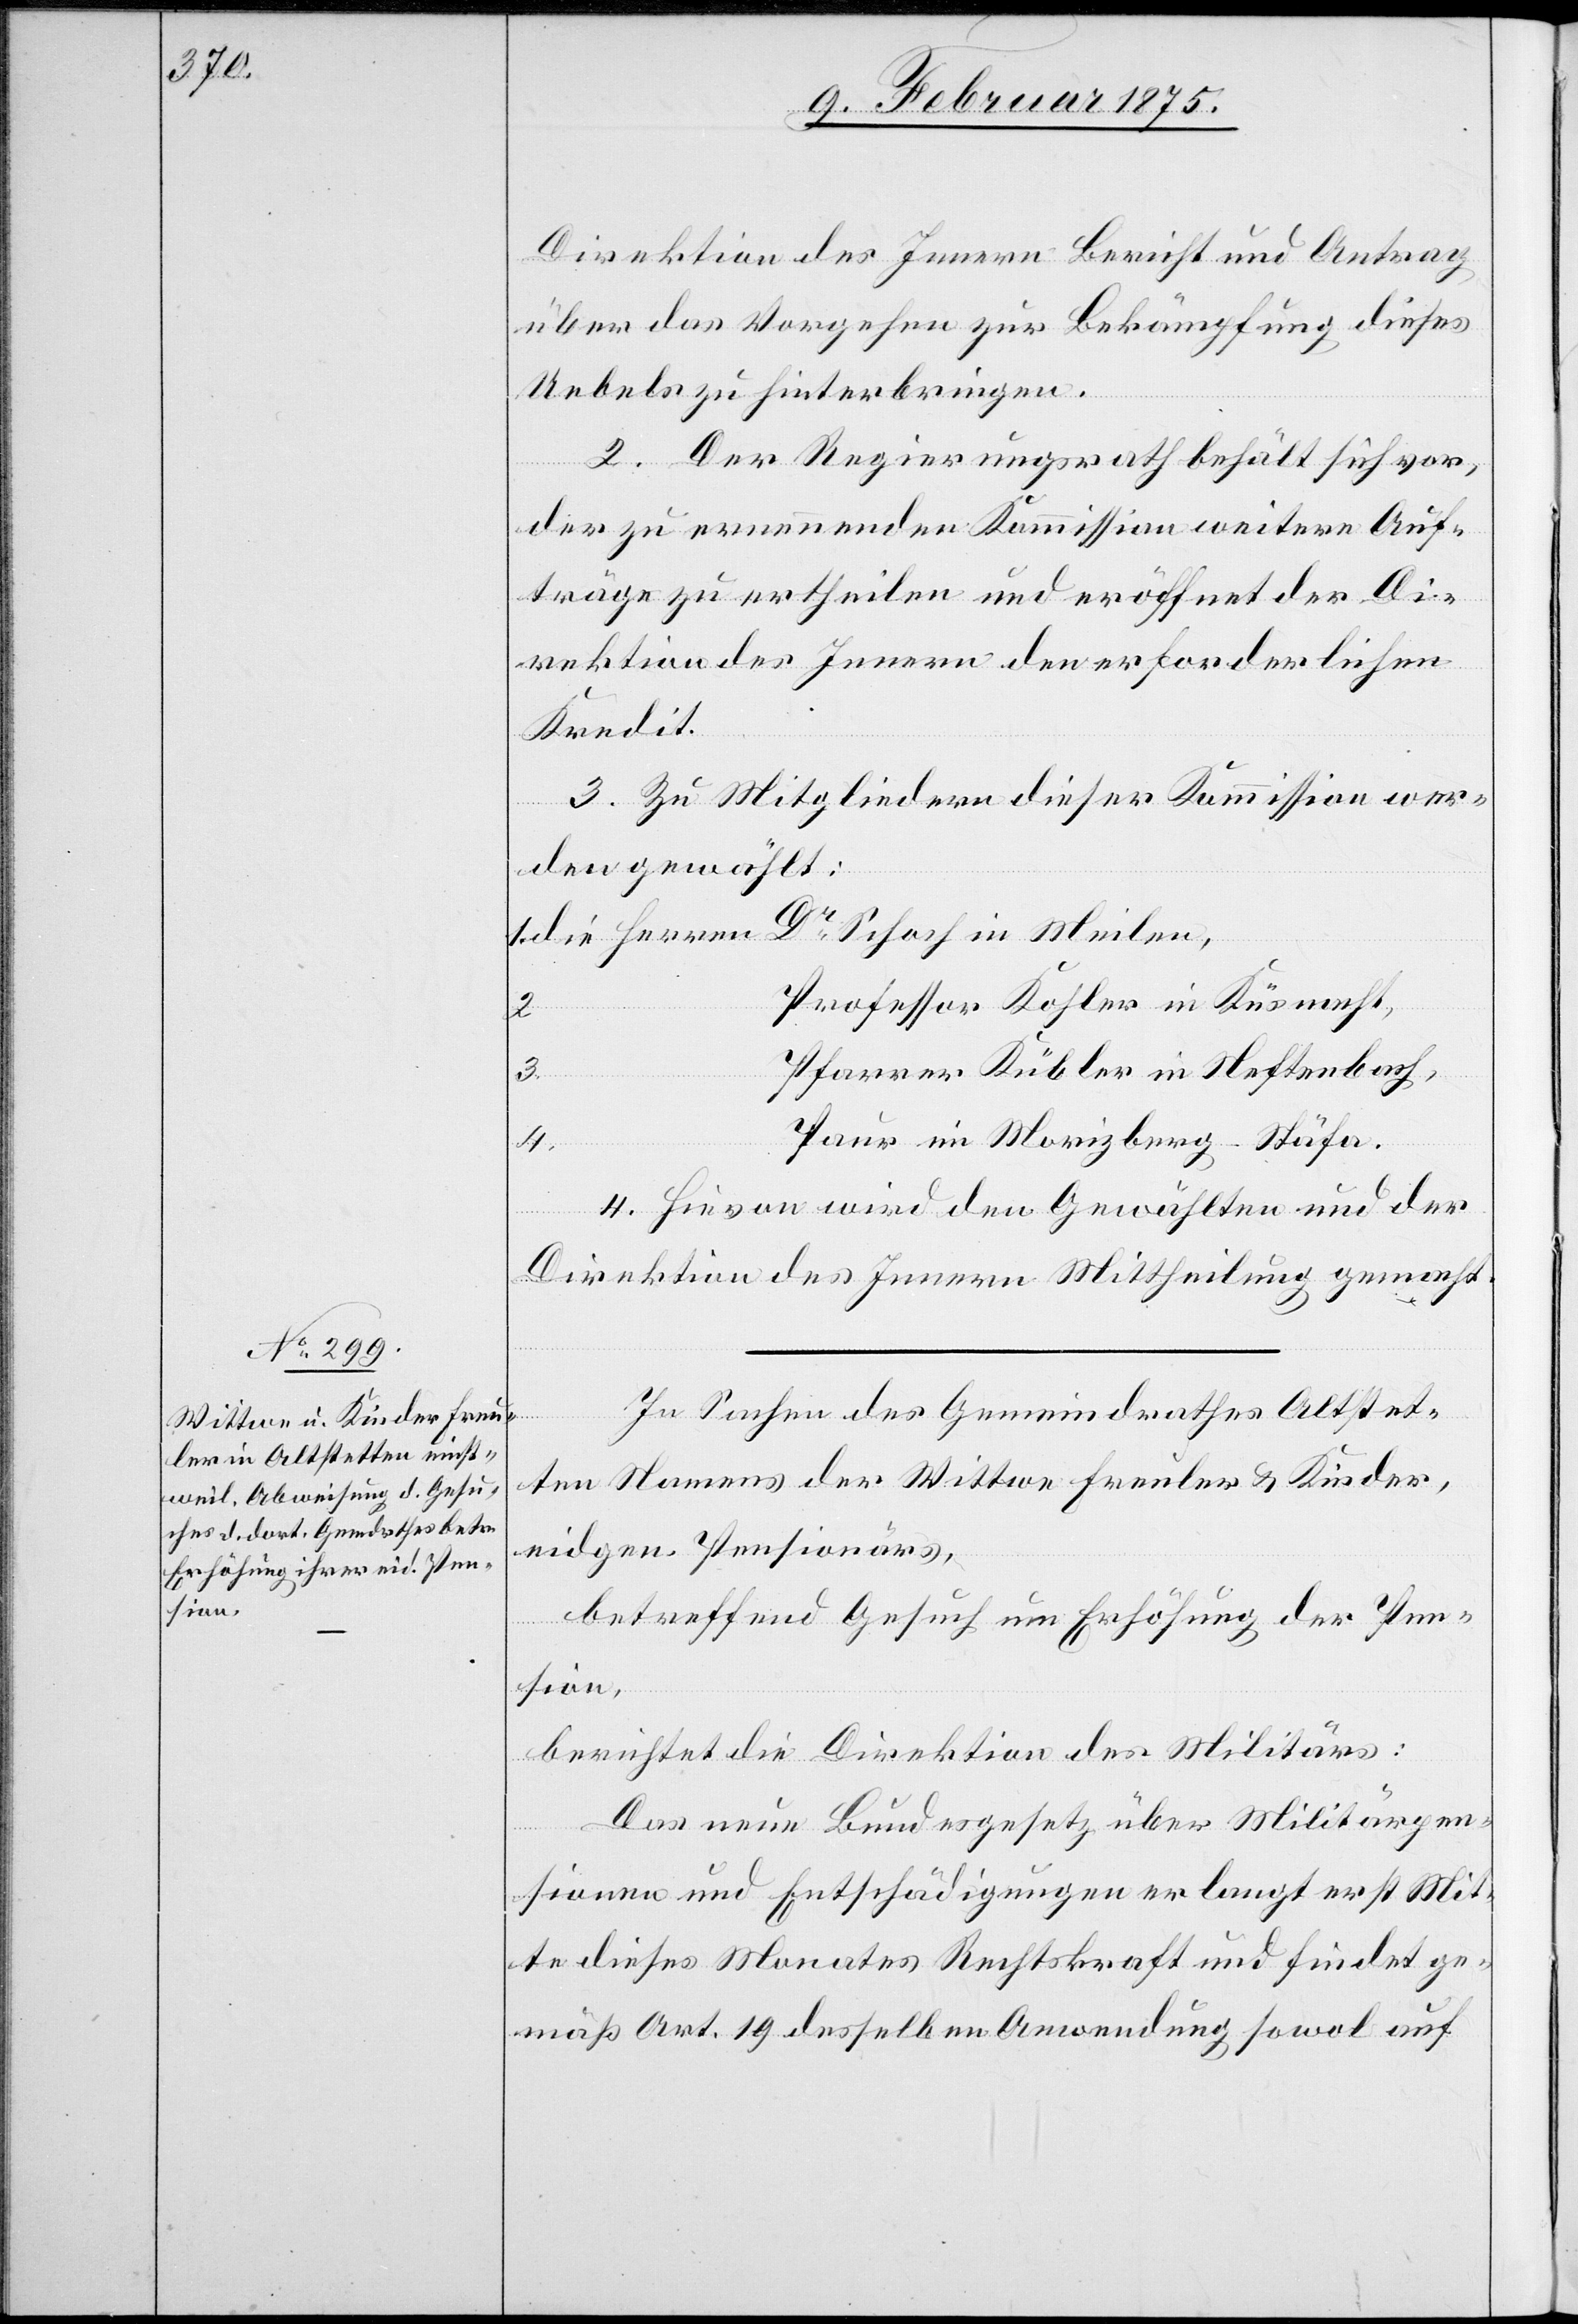
Meilen,

Direktion des Innern Bericht und Antrag
über das Vorgehen zur Bekämpfung dieses
Uebels zu hinterbringen.
2. Der Regierungsrath behält sich vor,
der zu ernennenden Kommission weitere Auf¬
träge zu ertheilen und eröffnet der Di¬
rektion des Innern den erforderlichen
Kredit.
3. Zu Mitgliedern dieser Kommission wer¬
den gewählt:
Professor Kohler in Küsnacht,
3.
Pfarrer Kübler in Neftenbach,
Paur in Morizberg-Stäfa.
4.
4. Hievon wird den Gewählten und der
Direktion des Innern Mittheilung gemacht.
In Sachen des Gemeindrathes Altstet¬
ten Namens der Wittwe Freuler & Kinder,
eidgen. Pensionärs,
in
betreffend Gesuch um Erhöhung der Pen¬
sion,
berichtet die Direktion des Militärs:
Das neue Bundesgesetz über Militärpen¬
sionen und Entschädigungen erlangt erst Mit¬
te dieses Monates Rechtskraft und findet ge¬
mäß Art. 19 desselben Anwendung sowol auf